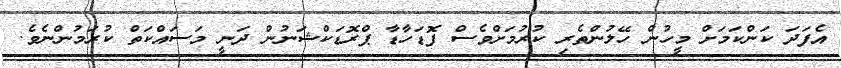
އެފަދަ ކަންކަމަށް މީހުން ހޭލުންތެރި ކުރުމަށްވެސް ފޮޑަހާޑާ ޕްރޮޑަކްޝަނުން ދަނީ މަސައްކަތް ކުރަމުންނެވެ.